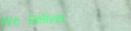
We Deliver